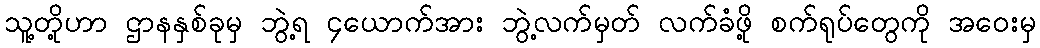
သူ့တို့ဟာ ဌာနနှစ်ခုမှ ဘွဲ့ရ ၄ယောက်အား ဘွဲ့လက်မှတ် လက်ခံဖို့ စက်ရုပ်တွေကို အဝေးမှ